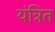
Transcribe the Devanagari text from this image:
यंत्रित